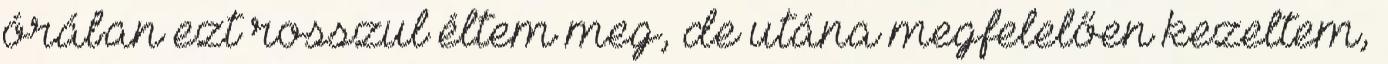
órában ezt rosszul éltem meg, de utána megfelelően kezeltem,